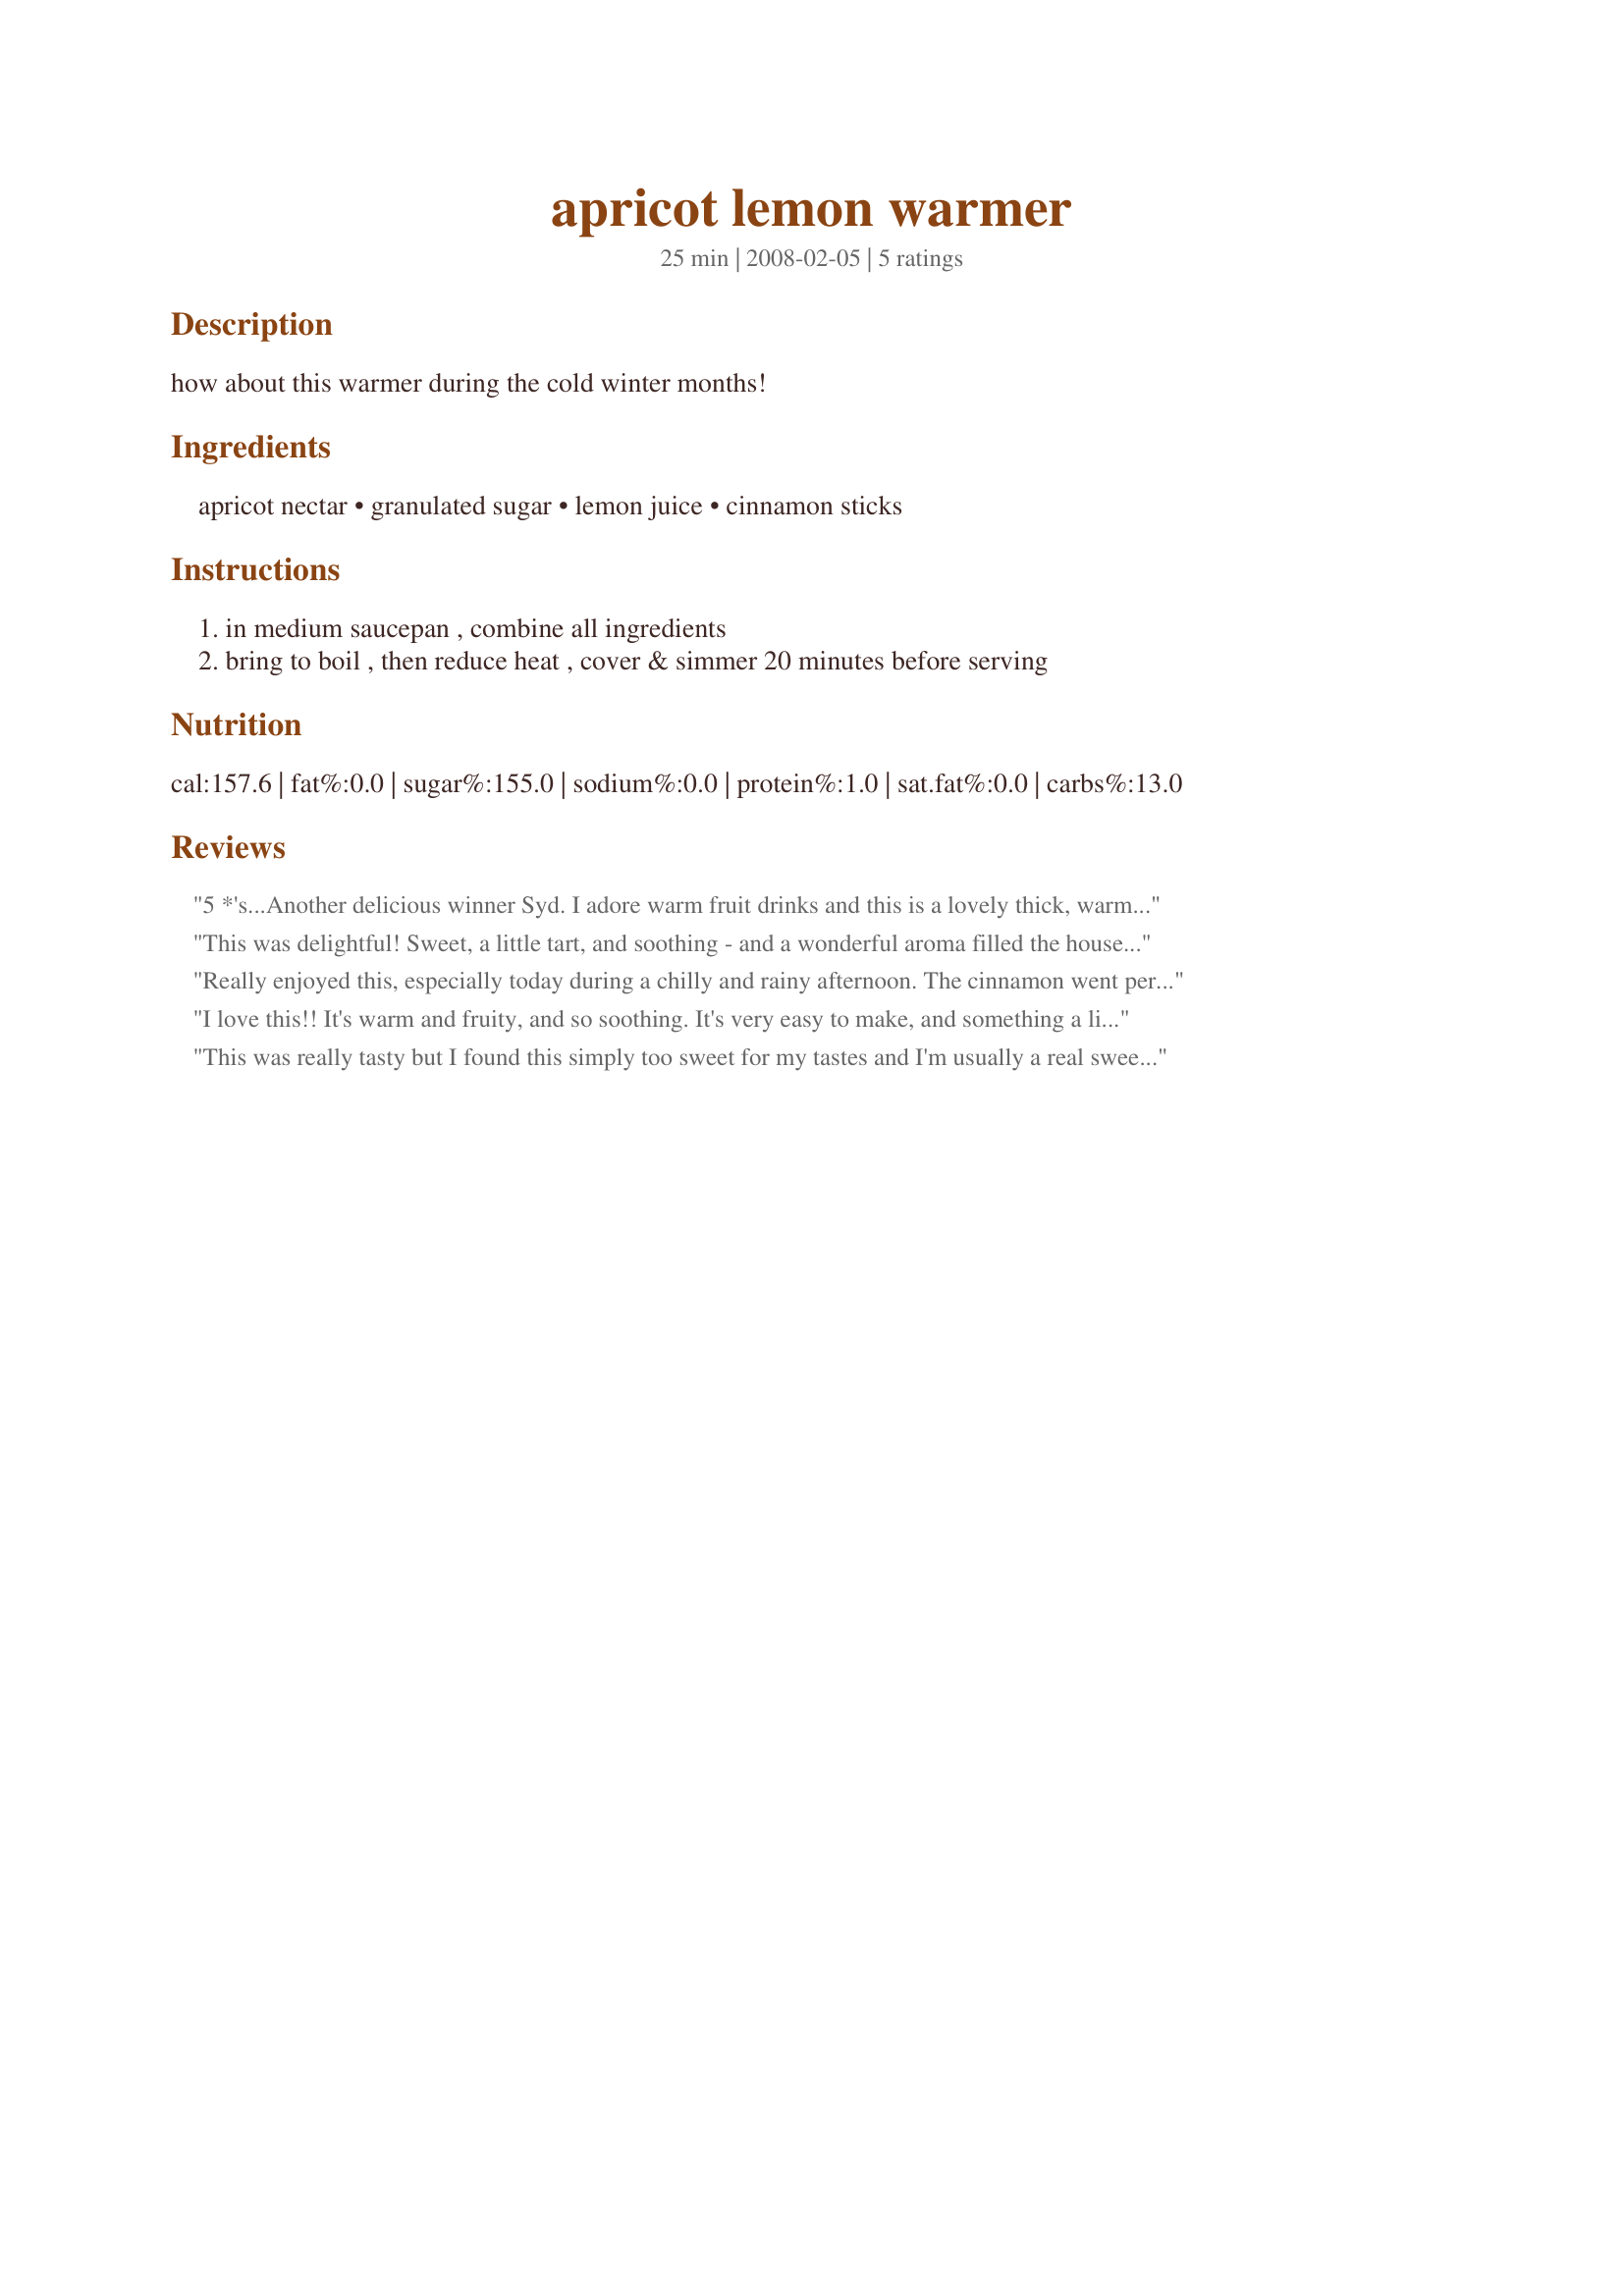
apricot lemon warmer
Preparation time: 25 minutes

how about this warmer during the cold winter months!

Ingredients:
apricot nectar, granulated sugar, lemon juice, cinnamon sticks

Steps:
in medium saucepan , combine all ingredients, bring to boil , then reduce heat , cover & simmer 20 minutes before serving

Reviews:
5 *'s...Another delicious winner Syd. I adore warm fruit drinks and this is a lovely thick, warm drink. It is tart and sweet, tangy and a little spicy. I love the addition of the cinnamon with the apricot juice, very nice. Thanks so much for sharing.
This was delightful! Sweet, a little tart, and soothing - and a wonderful aroma filled the house as it was simmering. Thanks for posting this!
Really enjoyed this, especially today during a chilly and rainy afternoon. The cinnamon went perfectly with the apricot. Very warm and soothing drink. Thanks!
I love this!! It's warm and fruity, and so soothing. It's very easy to make, and something a little different. Thanks for posting!
This was really tasty but I found this simply too sweet for my tastes and I'm usually a real sweet tooth. I ended up adding some soda water to dilute it a little. If I make again I will omit the sugar & increase the lemon. Thanks for posting!
